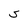
Character: S